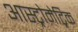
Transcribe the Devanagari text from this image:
आस्ट्रोमेट्रिक